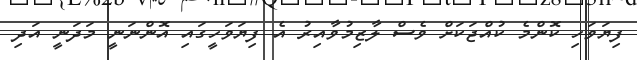
ފިޔަވަހި ކޮންމެ ކުއްޖަކަށް ވެސް ލާޒިމުވާއިރު އެ ފިޔަވަހީގައި އޮންނަނީ މަދަނީ އަދި